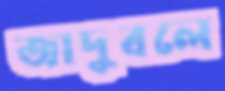
জাদুবলে